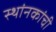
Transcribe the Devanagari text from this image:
स्थांनकांची